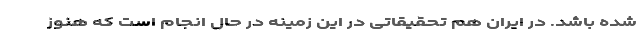
شده باشد. در ایران هم تحقیقاتی در این زمینه در حال انجام است که هنوز